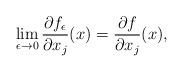
LaTeX: \begin{align*}\lim\limits_{\epsilon\to0}\frac{\partial f_{\epsilon}}{\partial x_j}(x)= \frac{\partial f}{\partial x_j }(x),\end{align*}